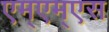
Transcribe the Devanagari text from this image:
एम्एम्एस